Indian Civil Veterinary Department memoirs
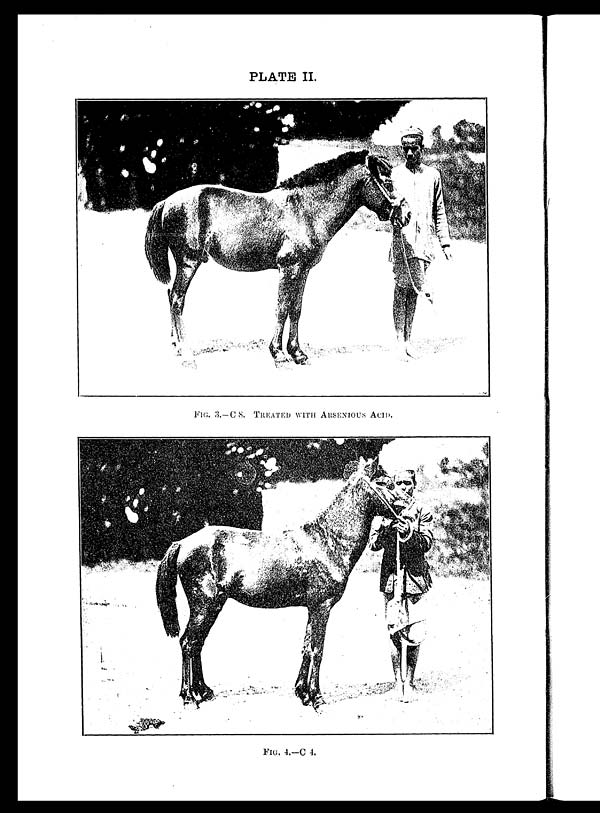
PLATE II.
FIG. 3.—C 8. TREATED WITH ARSENIOUS ACID.
FIG. 4.-C 4.